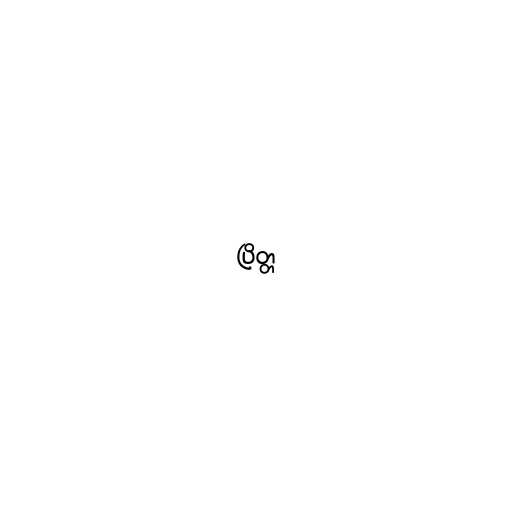
ပြိတ္တ